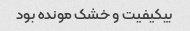
بیکیفیت و خشک مونده بود